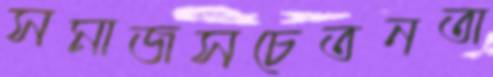
সমাজসচেতনতা